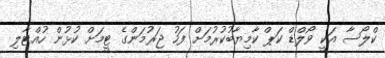
ކްލޯސާ އަކީ ވޯލްޑް ކަޕް ކާމިޔާބުކުރުމަށް ފަހު ޖަރުމަންގެ ޓީމަށް ކުުޅުން ހުއްޓާލި